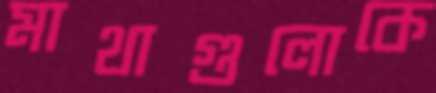
মাথাগুলোকে